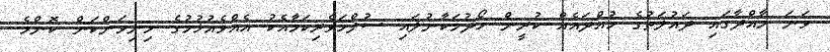
ވަނަ މާއްދާގައި ދައުލަތުގެ ހުއްދައެއް ކުރީން ހޯދުމަކާނުލައި ސުލްހަވެރިކަމާއެކު އެއްވެއުޅުމުގެ މިނިވަންކަން ކޮންމެ